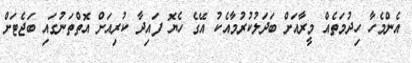
އެންމެހާ ހިދުމަތެއް މީރާއަށް ބަދަލުކުރުމާއެކު އޭގެ ހެޔޮ ފައިދާ ކުރިއަށް އޮތްތަނުގައި ބަޖެޓަށް